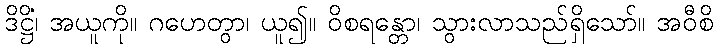
ဒိဋ္ဌိံ၊ အယူကို။ ဂဟေတွာ၊ ယူ၍။ ဝိစရန္တော၊ သွားလာသည်ရှိသော်။ အဝီစိ